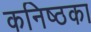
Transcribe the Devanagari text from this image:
कनिष्ठका